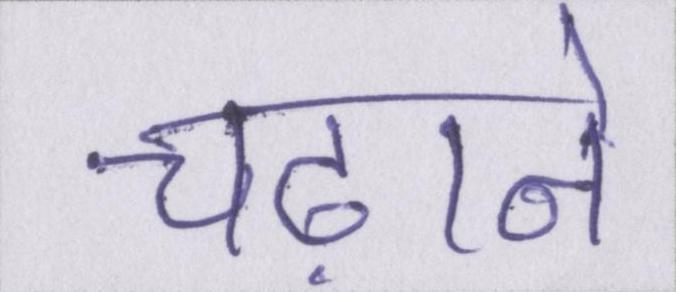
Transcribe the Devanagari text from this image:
चढ़ाने